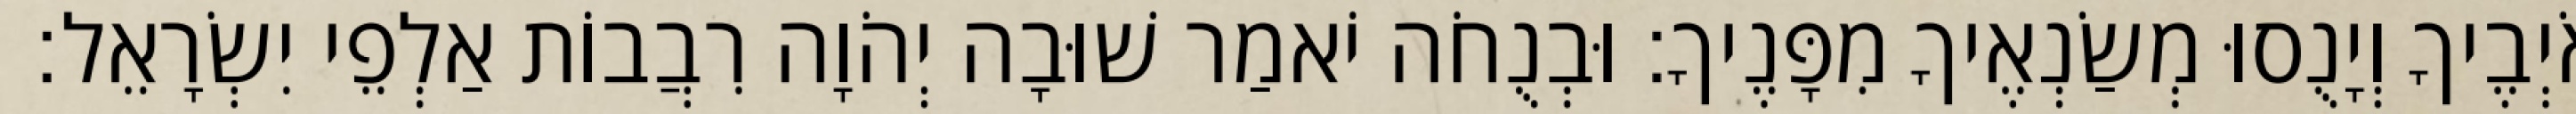
אֹיְבֶיךָ וְיָנֻסוּ מְשַׂנְאֶיךָ מִפָּנֶיךָ׃ וּבְנֻחֹה יֹאמַר שׁוּבָה יְהֹוָה רִבֲבוֹת אַלְפֵי יִשְׂרָאֵל׃